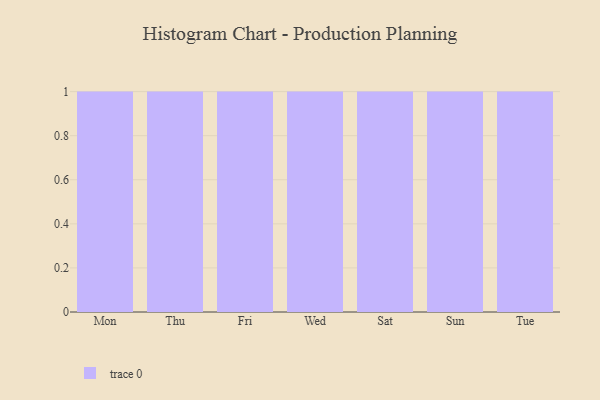
{"axis": {"x": "Day", "y": "Bounce Rate (%)"}, "legend": [""], "data": [{"x": "Mon", "y": 3, "type": ""}, {"x": "Thu", "y": 59, "type": ""}, {"x": "Fri", "y": 62, "type": ""}, {"x": "Wed", "y": 63, "type": ""}, {"x": "Sat", "y": 98, "type": ""}, {"x": "Sun", "y": 6, "type": ""}, {"x": "Tue", "y": 55, "type": ""}]}